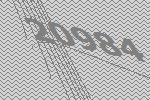
20984